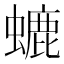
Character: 螰